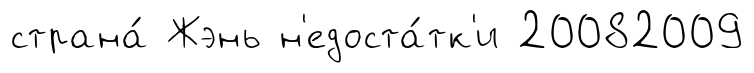
страна́ Жэнь н'едоста́тк'и 20082009